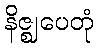
နိဇ္ဈပေတုံ